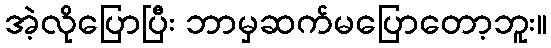
အဲ့လိုပြောပြီး ဘာမှဆက်မပြောတော့ဘူး။